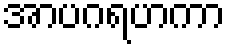
အာပဂရဟကာ